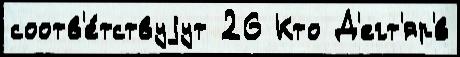
соотв'е́тствуjут 26 Кто Д'егт'яр'́в